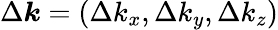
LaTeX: \Delta\boldsymbol{k}=(\Delta k_{x},\Delta k_{y},\Delta k_{z})